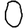
Digit: 0